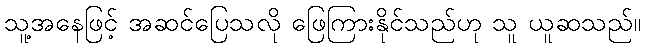
သူ့အနေဖြင့် အဆင်ပြေသလို ဖြေကြားနိုင်သည်ဟု သူ ယူဆသည်။